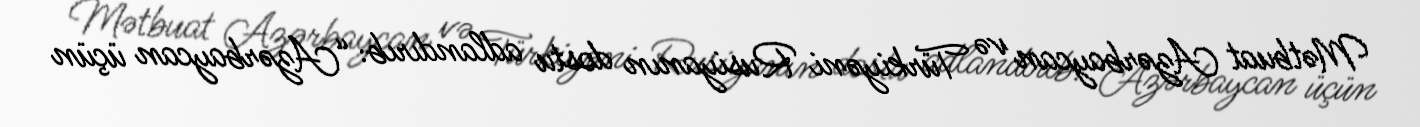
Mətbuat Azərbaycan və Türkiyəni Rusiyanın dostu adlandırıb: “Azərbaycan üçün